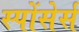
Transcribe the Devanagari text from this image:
स्पोंसेर्स